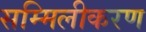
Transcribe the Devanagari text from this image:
सम्मिलीकरण